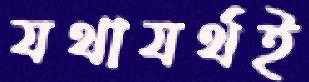
যথাযর্থই